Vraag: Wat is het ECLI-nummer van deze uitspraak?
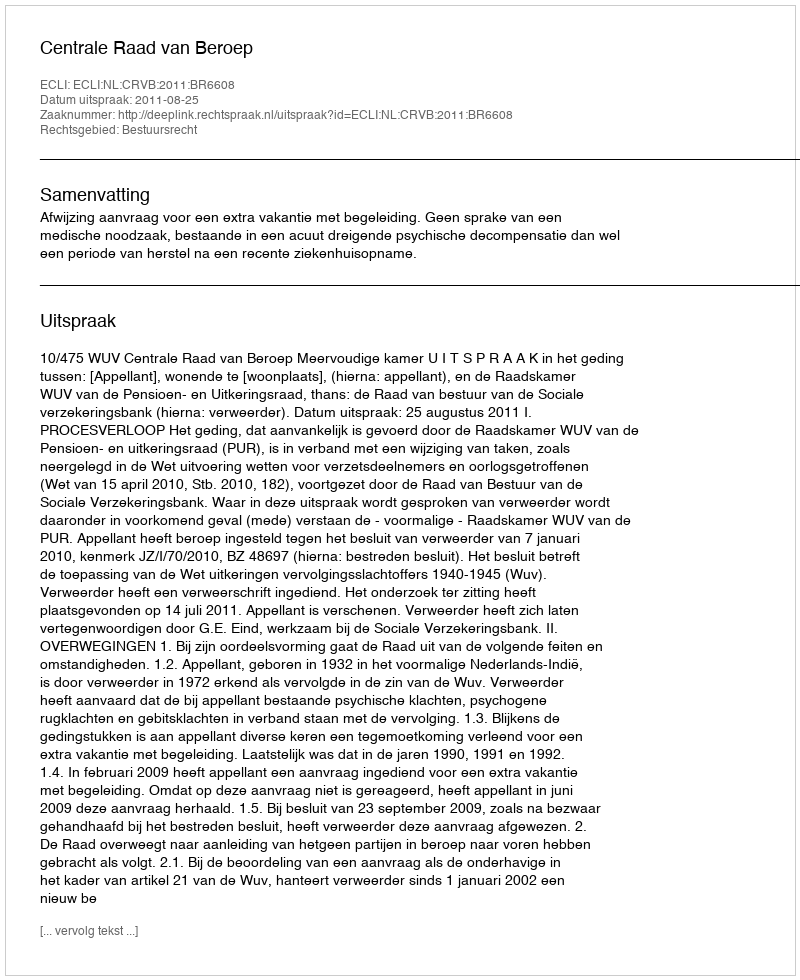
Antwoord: ECLI:NL:CRVB:2011:BR6608